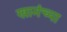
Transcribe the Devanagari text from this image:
खानंच्या